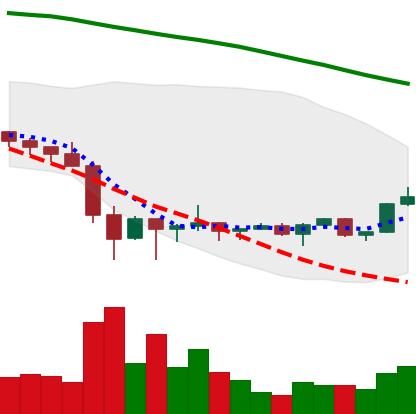
Ticker: XRP-USD
Chart end date: 2022-02-05
Forward return: 24.416%
Label: up_7plus